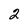
Character: 2